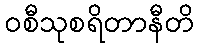
ဝစီသုစရိတာနီတိ